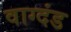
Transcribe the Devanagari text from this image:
वाग्दंड